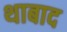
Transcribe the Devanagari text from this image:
थाबाद